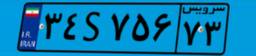
۳۴S۷۵۶۷۳